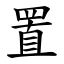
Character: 置